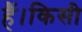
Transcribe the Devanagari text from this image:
हैं।किसी